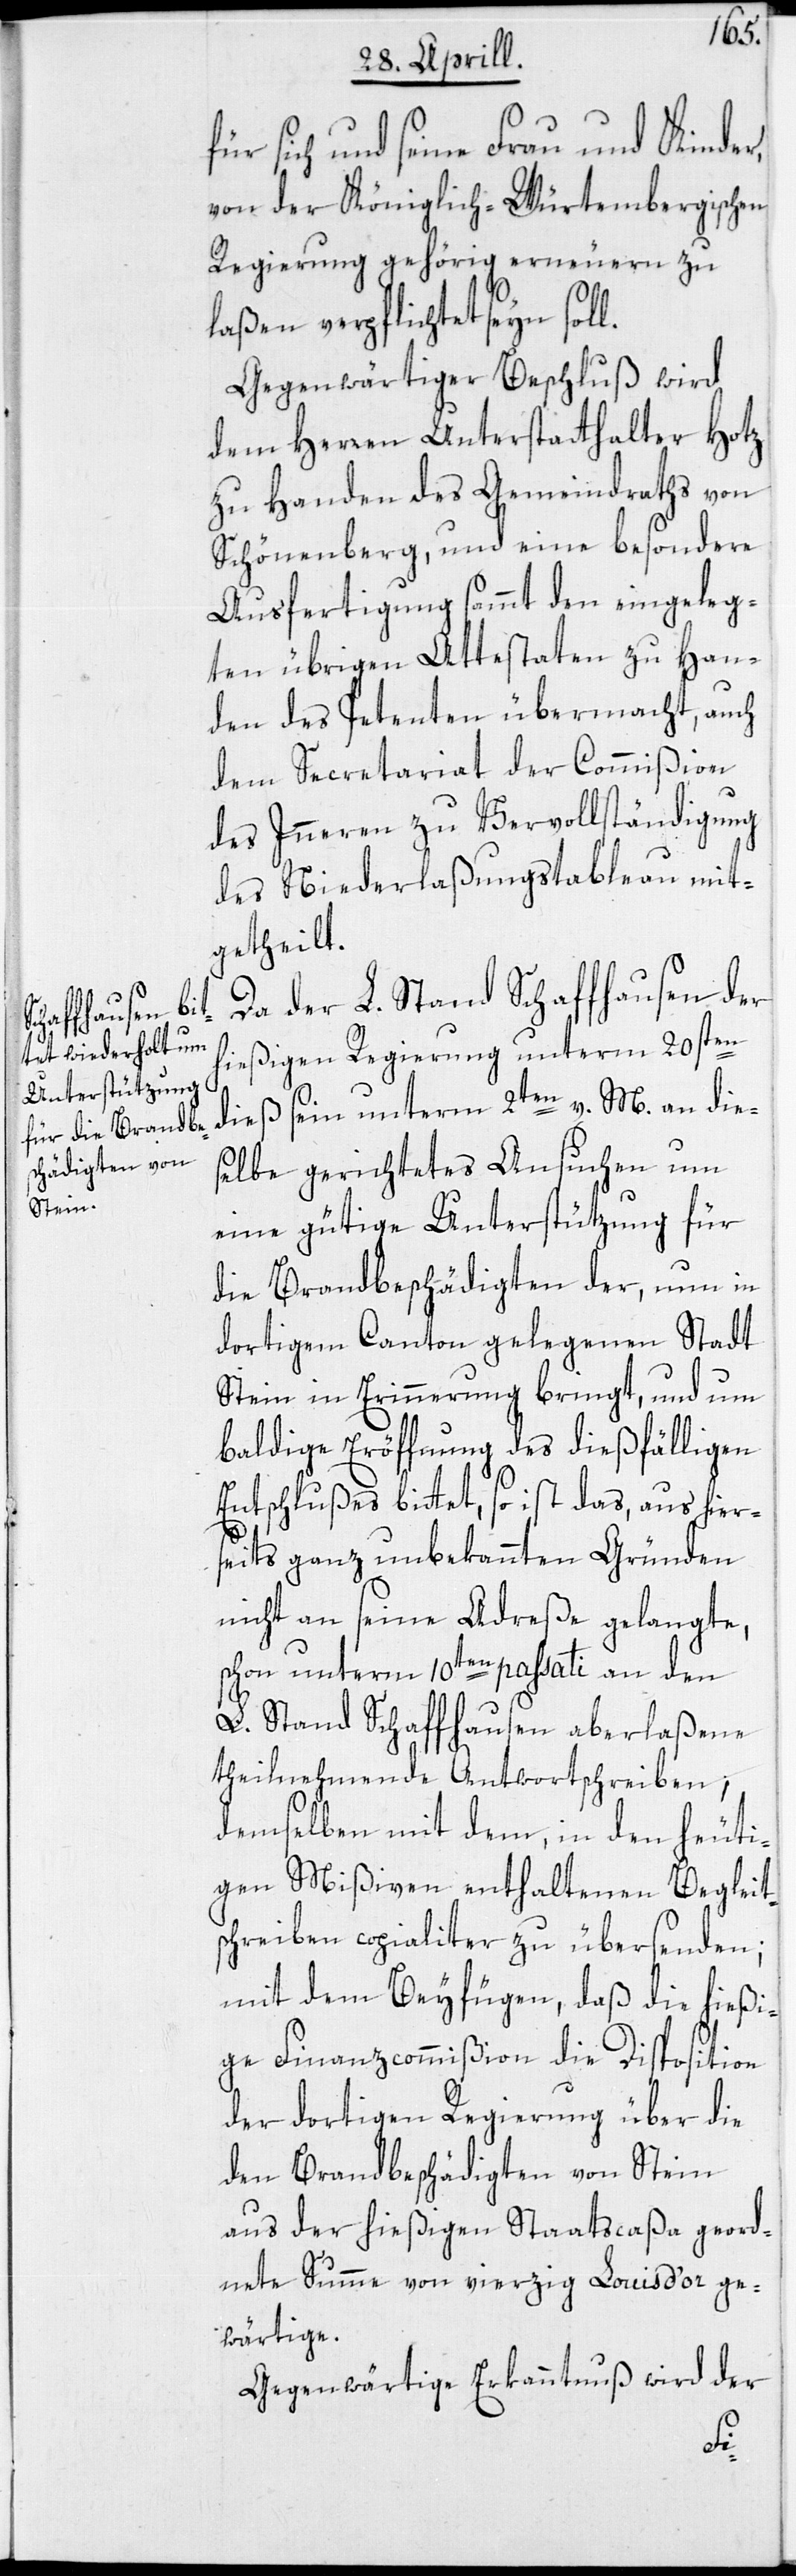
l.

für sich und seine Frau und Kinder,
von der Königlich-Würtembergischen
Regierung gehörig erneuern zu
laßen verpflichtet seyn sol¬
Gegenwärtiger Beschluß wird
dem Herren Unterstatthalter Hotz
zu Handen des Gemeindraths von
Schönenberg, und eine besondere
Ausfertigung sammt den eingeleg¬
ten übrigen Attestaten zu Han¬
den des Petenten übermacht, auch
dem Secretariat der Commißion
des Inneren zu Vervollständigung
des Niederlaßungstableau mit¬
getheilt.
Da der L. Stand Schaffhausen der
en
hießigen Regierung unterm 20st¬
dieß sein unterm 2ten v. M. an die¬
selbe gerichtetes Ansuchen um
eine gütige Unterstützung für
die Brandbeschädigten der, nun in
dortigem Canton gelegenen Stadt
Stein in Erinnerung bringt, und um
baldige Eröffnung des dießfälligen
Enschlußes bittet, so ist das aus hier¬
seits ganz unbekannten Gründen
nicht an seine Adreße gelangte,
schon unterm 10ten passati an den
L. Stand Schaffhausen aberlaßene
theilnehmende Antwortschreiben,
demselben mit dem, in den heuti¬
gen Mißiven enthaltenen Begleit¬
schreiben copialiter zu übersenden;
mit dem Beyfügen, daß die hießi¬
ge Finanzcommißion die Disposition
der dortigen Regierung über die
den Brandbeschädigten von Stein
aus der hießigen Staatscaßa geord¬
nete Summe von vierzig Louis d’or ge¬
wärtige.
Gegenwärtige Erkanntnuß wird der